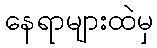
နေရာများထဲမှ